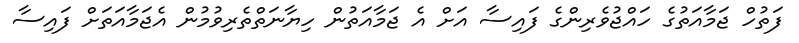
ފަތުހް ޖަމާއަތުގެ ހައްޖުވެރިންގެ ފައިސާ އަށް އެ ޖަމާއަތުން ހިޔާނަތްތެރިވުމުން އެޖަމާއަތަށް ފައިސާ